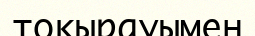
тоқырауымен